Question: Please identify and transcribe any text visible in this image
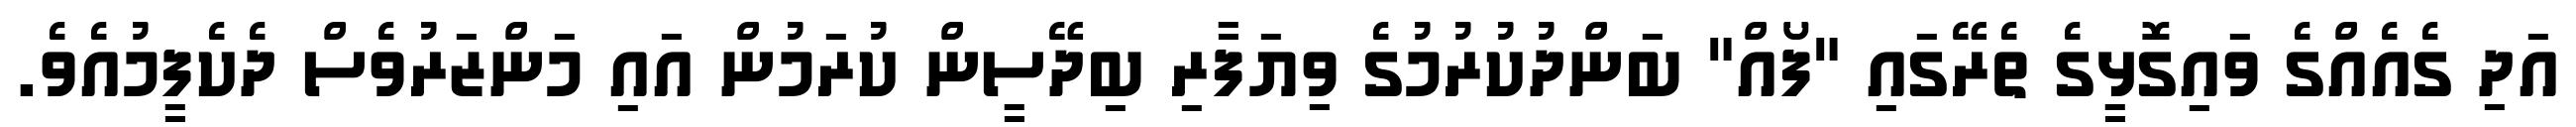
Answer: އަދި ގެއެއްގެ ވައިގޮޅީގެ ތެރޭގައި "ފޯއް" ބަންދުކުރުމުގެ ވިޔަފާރި ބިދޭސީން ކުރަމުން އައި މަންޒަރުވެސް ދެކެފީމުއެވެ.